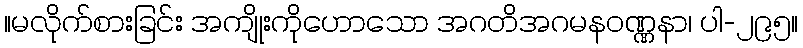
။မလိုက်စားခြင်း အကျိုးကိုဟောသော အဂတိအဂမနဝဏ္ဏနာ၊ ပါ-၂၉၅။